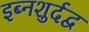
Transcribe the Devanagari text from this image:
इब्नशुर्दद्व